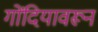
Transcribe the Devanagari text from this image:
गोंदियावरून